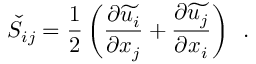
\check { S } _ { i j } = \frac { 1 } { 2 } \left( \frac { \partial \widetilde { u _ { i } } } { \partial x _ { j } } + \frac { \partial \widetilde { u _ { j } } } { \partial x _ { i } } \right) \, \mathrm { ~ . ~ }